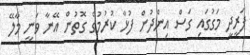
ފަރީދީ މަގުގައި ގަސް އިންދުން ފުޅާ ކުރުމުގެ ގޮތުން އޭނާ ވަނީ މާލޭ